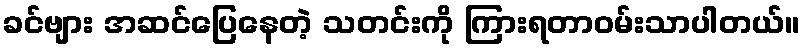
ခင်ဗျား အဆင်ပြေနေတဲ့ သတင်းကို ကြားရတာဝမ်းသာပါတယ်။